Vaccination in Bombay 1874-1876 - 1874-1876
Year: 1874
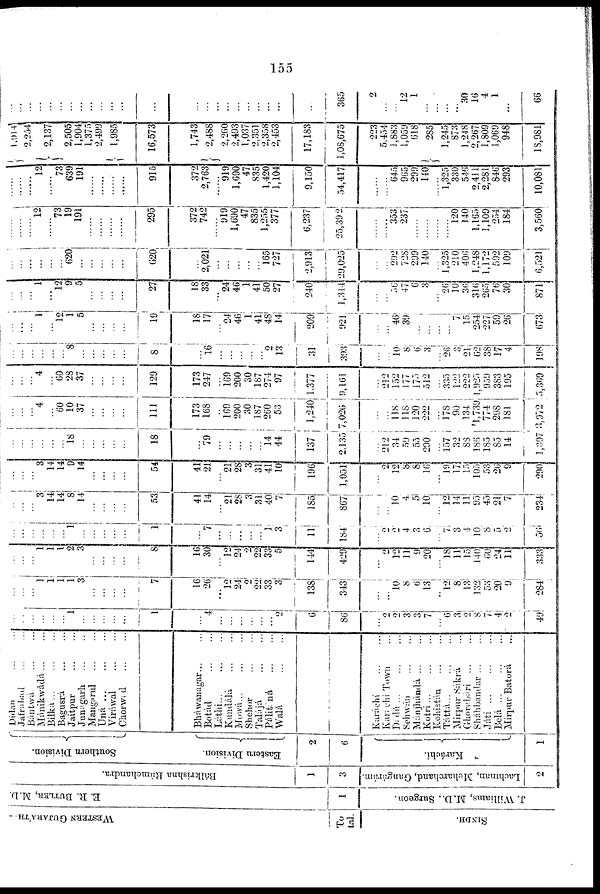
155
WESTERN GUJARÁTH—
To¬
tal.
SINDH.
E. R. BUTLER, M.D.
1
J. Williams, M.D., Surgeon.
Bálkrishna Rámchandra.
1
3
Lachman, Meharchand, Gangárám.
2
Southern Division.
Eastern Division.
2
6
Karáchi.
1
Didan
...
...
Jafrabad
...
...
Bántwá ... ...
Mánikwádá
...
...
Bilká
...
...
...
Bagusrá
...
...
Jaitpur ... ...
Junagarh
...
...
Mangarul
...
...
Una
...
...
...
Viráwal ... ...
Chorwad
...
...
Bháwanagar ... ...
Botád
...
...
Láthi
...
...
...
Kundálá
...
...
Mowá... ... ...
Shehor ... ...
Talájá
...
...
Pálitáná
...
...
Walá
Karáchi
...
...
Karáchi Town ...
Dádú
...
...
...
Sehnwán ... ...
Mánjhándá ... ...
Kotri ... ... ...
Kohistán ... ...
Táttá
...
...
...
Mirpur Sákrá ...
Ghorabári ... ...
Sháhbandar ... ...
Játi
...
...
...
Belá
...
...
...
Mirpur Batorá ...
...
...
...
...
...
...
1
...
...
...
...
...
1
...
4
...
...
...
...
...
...
2
6
86
...
2
2
3
3
7
...
6
3
2
8 7
4
2
49
...
...
...
1
1
1
1
3
...
...
...
...
7
16
26
...
12
24
0
22
33
3
138
343
...
...
10
8
6
13
...
12
8
13
132
53
20
9
284
...
...
... 1
1
1
2
3
...
...
...
...
8
16
30
...
12
24
2
22
33
5
144
429
...
2
12
11
9
20
...
18
11
15
140
60
24
11
333
...
...
...
...
...
...
1
...
...
...
...
...
1
...
7
...
...
...
...
...
1
3
11
184
...
...
2
4
3
6
...
71
3
4
10
8
5
2
56
...
...
...
3
14
14
8
14
...
...
...
...
53
41
14
...
21
28
3
31
40
7
185
867
...
...
10
4
5
10
...
12
14
11
95
45
21
7
234
...
...
...
3
14
14
9
14
...
...
...
...
54
41
21
...
21
28
3
31
41
10
196
1,051
...
2
12
8
8
16
...
10
17
15
105
53
26
9
200
...
...
...
...
...
...
18
...
...
...
...
...
18
...
79
...
...
...
...
...
14
44
137
2,135
...
212
34
59
55
290
...
157
32
88
186
185
85
14
1,397
...
...
...
4
...
60
10
37
...
...
...
...
111
173
168
...
160
200
30
187
260
53
1,240
7,026
...
...
118
118
120
222
...
178
90
134
1,739
774
298
181
3,972
...
...
...
4
...
60
28
37
...
...
...
...
129
173
247
...
169
200
30
187
274
97
1,377
9,161
...
212
152
177
175
512
...
335
122
222
1,925
959
383
195
5,369
...
...
...
...
...
...
8
...
...
...
...
...
8
...
16
...
...
...
...
...
2
13
31
393
...
...
10
8
6
3
...
26
3
21
62
38
17
4
198
...
...
...
1
...
12
1
5
...
...
...
...
19
18
17
...
24
46
1
41
48
14
209
921
...
...
46
30
...
...
...
...
7
15
254
227
59
26
673
...
...
...
1
...
12
9
5
...
...
...
...
27
18
33
...
24
46
1
41
50
27
240
1,314
...
...
56
47
6
3
...
26
10
36
316
265
76
30
871
...
...
...
...
...
...
620
...
...
...
...
...
620
...
2,021
...
...
...
...
...
165
727
2,913
20,025
...
...
292
728
299
140
...
1,325
210
406
1,248
1,172
592
109
6,521
...
12
...
73
19
191
...
...
...
295
372
742
...
919
1,690
47
835
1,255
377
6,237
25,392
......
353
237
......
......
......
120
140
1,165
1,109
254
184
3,560
...
12
...
73
639
191
...
...
...
......
915
372
2,763
...
919
1,690
47
835
1,420
1,104
9,150
54,417
......
......
645
965
299
140
......
1,325
330
546
2,411
2,281
846
293
10,081
1,914
2,254
2,137
2,505
1,904
1,375
2,499
1,985
16,573
1,743
2,488
2,260
2,493
1,037
2,351
2,358
2,453
17,183
1,08,675
223
5,454
1,883
1,059
618
285
1,245
873
1,248
2,267
1,809
1,069
948
18,981
...
...
...
...
...
...
...
...
...
...
...
...
...
...
...
...
...
...
...
...
...
...
...
365
2
...
...
12
1
...
...
...
... 30
16
4
1
...
66